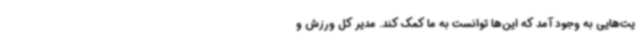
یت‌هایی به وجود آمد که این‌ها توانست به ما کمک کند. مدیر کل ورزش و